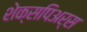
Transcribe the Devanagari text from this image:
शेक्सपिअर्स